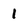
Character: 1